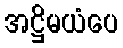
အဋ္ဌိမယံပေ